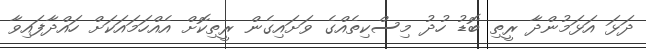
ދަޅަ އަޅަމުންދާ ރީތި ބޮޑު ހުދު މިސްކިތެއްގެ ވަށައިގެން ރީތިކޮށް އެއްހަމައަކަށް ހައްދާފައިވާ